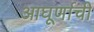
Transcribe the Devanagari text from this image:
आघूर्णाची